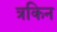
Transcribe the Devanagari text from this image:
त्रकिन